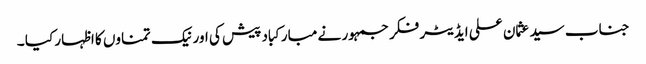
جناب سید عثمان علی ایڈیٹر فکر جمہور نے مبارکباد پیش کی اور نیک تمناوں کا اظہار کیا ۔